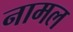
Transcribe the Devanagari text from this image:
नामल